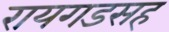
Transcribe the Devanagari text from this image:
रायगडसह